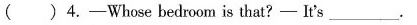
( )4.-——Whose bedroom is that?-——It's________.